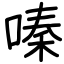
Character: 嗪